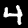
Digit: 4